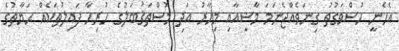
އެހެނީ ހުސްވަގުތު ގިނަވެއްޖެނަމަ މާޟީއާއި މިހާރު އަދި މުސްތަޤުބަލުގެ ހުރިހާ ފައިލުތަކެއް ޙަޔާތުގެ